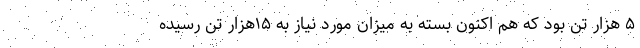
۵ هزار تن بود که هم اکنون بسته به میزان مورد نیاز به ۱۵هزار تن رسیده